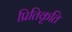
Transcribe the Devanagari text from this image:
प्रितिकृति